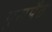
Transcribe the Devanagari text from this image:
गुसपैठ